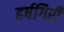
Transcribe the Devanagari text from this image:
हर्षगिरी